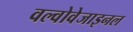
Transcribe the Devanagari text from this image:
वल्वोवेजाइनल